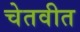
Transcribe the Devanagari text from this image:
चेतवीत